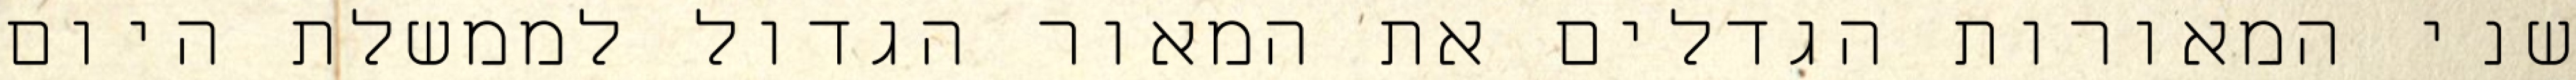
שני המאורות הגדלים את המאור הגדול לממשלת היום